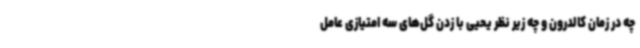
چه در زمان کالدرون و چه زیر نظر یحیی با زدن گل‌های سه امتیازی عامل